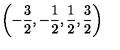
\left( - \frac { 3 } { 2 } , - \frac { 1 } { 2 } , \frac { 1 } { 2 } , \frac { 3 } { 2 } \right) \protect